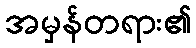
အမှန်တရား၏